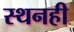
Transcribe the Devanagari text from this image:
स्थनही